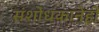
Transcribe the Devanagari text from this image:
संशोधकानेही